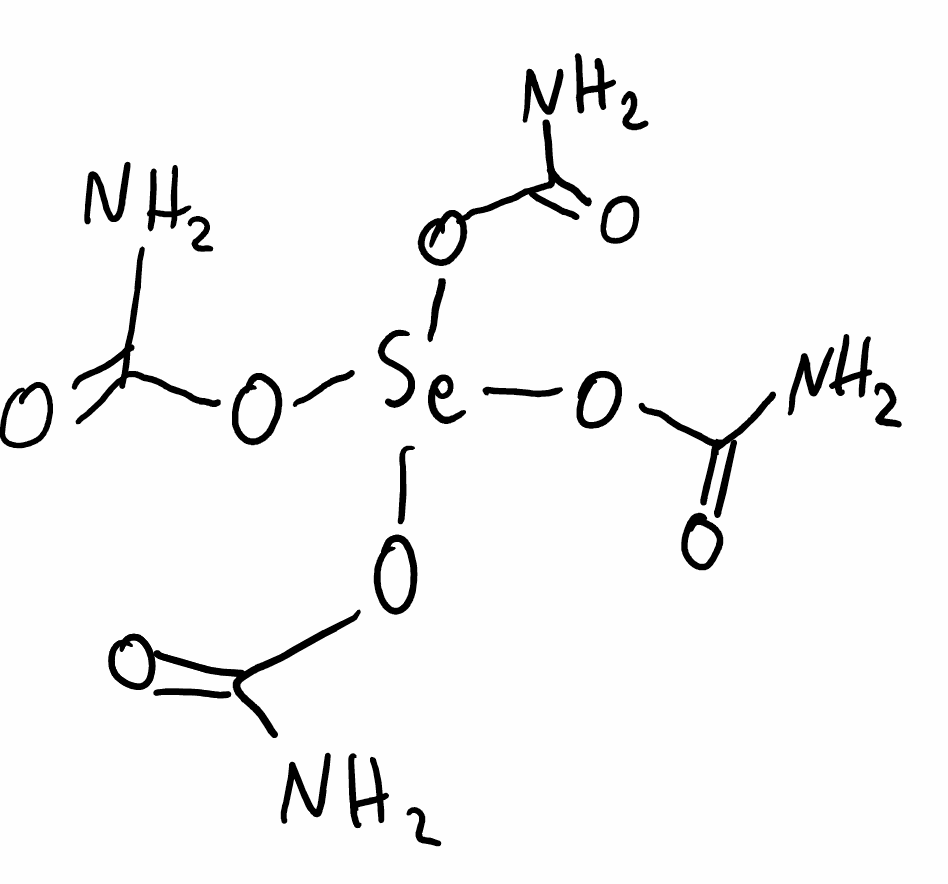
Simplified molecular-input line-entry system (SMILES) notation of the given molecule:
C(=O)(N)O[Se](OC(=O)N)(OC(=O)N)OC(=O)N